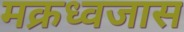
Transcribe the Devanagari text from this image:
मक्रध्वजास